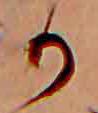
か